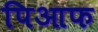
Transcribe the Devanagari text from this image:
पिआफ